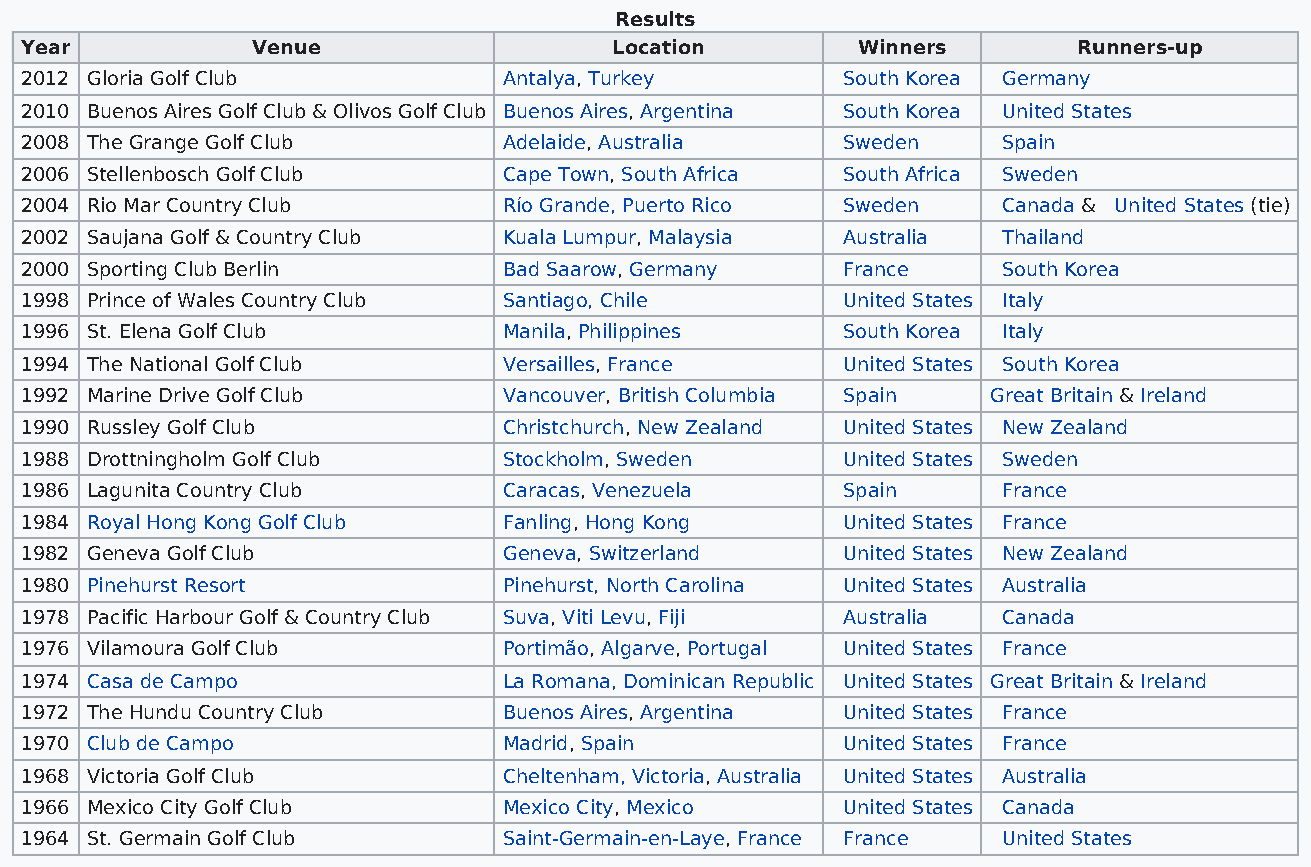
Results
 Year            Venue                   Location        Winners       Runners-up
 2012 Gloria Golf Club           Antalya, Turkey        South Korea Germany
 2010 Buenos Aires Golf Club & Olivos Golf Club Buenos Aires, Argentina South Korea United States
 2008 The Grange Golf Club       Adelaide, Australia    Sweden    Spain
 2006 Stellenbosch Golf Club     Cape Town, South Africa South Africa Sweden
 2004 Rio Mar Country Club       Río Grande, Puerto Rico Sweden   Canada & United States (tie)
 2002 Saujana Golf & Country Club Kuala Lumpur, Malaysia Australia Thailand
 2000 Sporting Club Berlin       Bad Saarow, Germany    France    South Korea
 1998 Prince of Wales Country Club Santiago, Chile      United States Italy
 1996 St. Elena Golf Club        Manila, Philippines    South Korea Italy
 1994 The National Golf Club     Versailles, France     United States South Korea
 1992 Marine Drive Golf Club     Vancouver, British Columbia Spain Great Britain & Ireland
 1990 Russley Golf Club          Christchurch, New Zealand United States New Zealand
 1988 Drottningholm Golf Club    Stockholm, Sweden      United States Sweden
 1986 Lagunita Country Club      Caracas, Venezuela     Spain     France
 1984 Royal Hong Kong Golf Club  Fanling, Hong Kong     United States France
 1982 Geneva Golf Club           Geneva, Switzerland    United States New Zealand
 1980 Pinehurst Resort           Pinehurst, North Carolina United States Australia
 1978 Pacific Harbour Golf & Country Club Suva, Viti Levu, Fiji Australia Canada
 1976 Vilamoura Golf Club        Portimão, Algarve, Portugal United States France
 1974 Casa de Campo              La Romana, Dominican Republic United States Great Britain & Ireland
 1972 The Hundu Country Club     Buenos Aires, Argentina United States France
 1970 Club de Campo              Madrid, Spain          United States France
 1968 Victoria Golf Club         Cheltenham, Victoria, Australia United States Australia
 1966 Mexico City Golf Club      Mexico City, Mexico    United States Canada
 1964 St. Germain Golf Club      Saint-Germain-en-Laye, France France United States